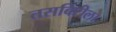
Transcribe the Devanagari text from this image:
तसबिरीला